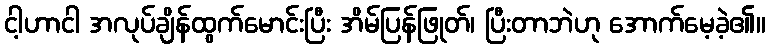
ငါ့ဟာငါ အလုပ်ချိန်ထွက်မောင်းပြီး အိမ်ပြန်ဖြုတ်၊ ပြီးတာဘဲဟု အောက်မေ့ခဲ့၏။